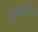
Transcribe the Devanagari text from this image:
अंतराळवीरांमध्ये